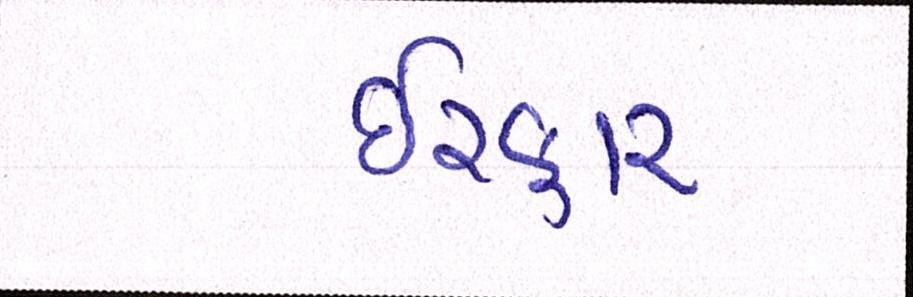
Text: ઈરફાન